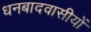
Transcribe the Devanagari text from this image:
धनबादवासीयों